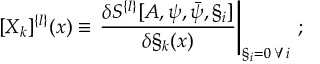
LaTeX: [ X _ { k } ] ^ { \{ l \} } ( x ) \equiv \left. \frac { \delta S ^ { \{ l \} } [ A , \psi , \bar { \psi } , \S _ { i } ] } { \delta \S _ { k } ( x ) } \right| _ { \S _ { i } = 0 \: \forall i } \: ;